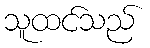
သူထင်သည်